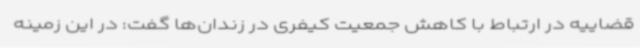
قضاییه در ارتباط با کاهش جمعیت کیفری در زندان‌ها گفت: در این زمینه